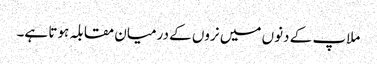
ملاپ کے دنوں میں نروں کے درمیان مقابلہ ہوتا ہے۔